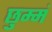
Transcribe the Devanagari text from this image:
छुम्मं